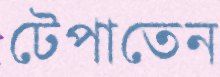
টেপাতেন